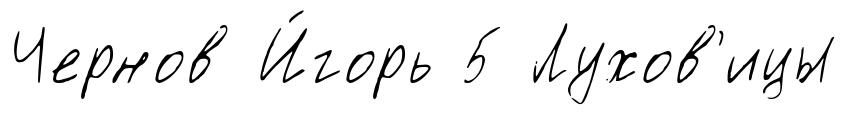
Чернов И́горь 5 Лухов'ицы